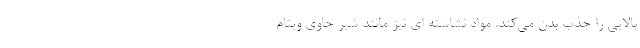
بالایی را جذب بدن می‌کند. مواد نشاسته ای نیز مانند شیر حاوی ویتام